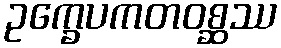
ဥက္ခေပကတဝစ္ဆဿ